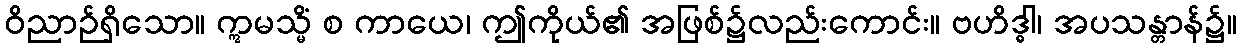
ဝိညာဉ်ရှိသော။ ဣမသ္မိံ စ ကာယေ၊ ဤကိုယ်၏ အဖြစ်၌လည်းကောင်း။ ဗဟိဒ္ဓါ၊ အပသန္တာန်၌။